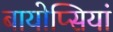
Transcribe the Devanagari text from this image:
बायोप्सियां